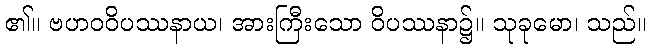
၏။ ဗဟဝဝိပဿနာယ၊ အားကြီးသော ဝိပဿနာ၌။ သုခုမော၊ သည်။